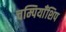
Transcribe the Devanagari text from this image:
चम्पियाँशिप